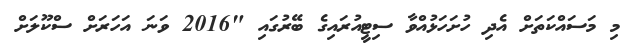
މި މަސައްކަތަށް އެދި ހުށަހަޅުއްވާ ސިޓީއުރައިގެ ބޭރުގައި "2016 ވަނަ އަހަރަށް ސްކޫލަށް